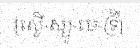
[ស្ទើ-ស្យូ-មេ-ទ្រី]